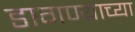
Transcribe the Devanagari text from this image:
डागण्याच्या